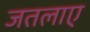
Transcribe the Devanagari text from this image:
जतलाए